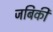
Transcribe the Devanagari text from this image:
जबिकी